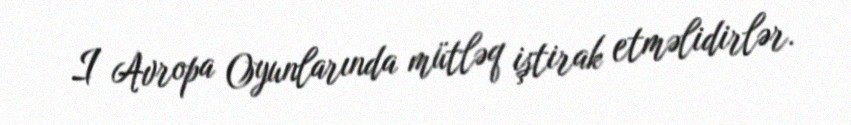
I Avropa Oyunlarında mütləq iştirak etməlidirlər.